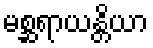
မစ္ဆရာယန္တိယာ